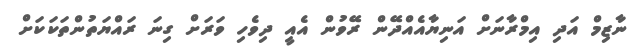
ނާޒިމް އަދި އިމްރާނަށް އަނިޔާއެއްދޭން ރޭވުން އެއީ ދިވެހި ވަރަށް ގިނަ ރައްޔަތުންތަކަކަށް